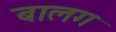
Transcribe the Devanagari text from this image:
बालग